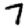
Digit: 7